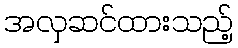
အလှဆင်ထားသည့်